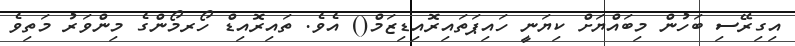
އިގިރޭސި ބަހުން މިބައްޔަށް ކިޔަނީ ހައިޕަތައިރޮއިޑިޒަމް() އެވެ. ތައިރޮއިޑް ހޯރމޯންގެ މިންވަރު މަތިވެ